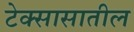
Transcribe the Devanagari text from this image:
टेक्सासातील